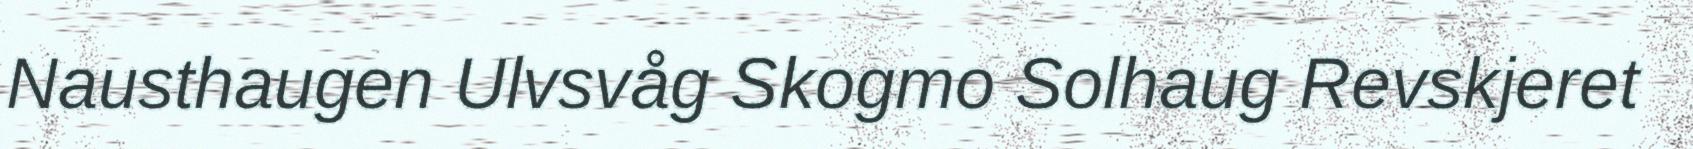
Nausthaugen Ulvsvåg Skogmo Solhaug Revskjeret